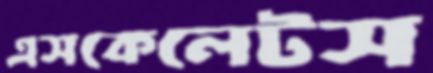
এসকেলেটস